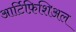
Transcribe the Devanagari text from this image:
आर्टिफ़िशिअल